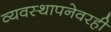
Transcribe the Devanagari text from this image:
व्यवस्थापनेवरही